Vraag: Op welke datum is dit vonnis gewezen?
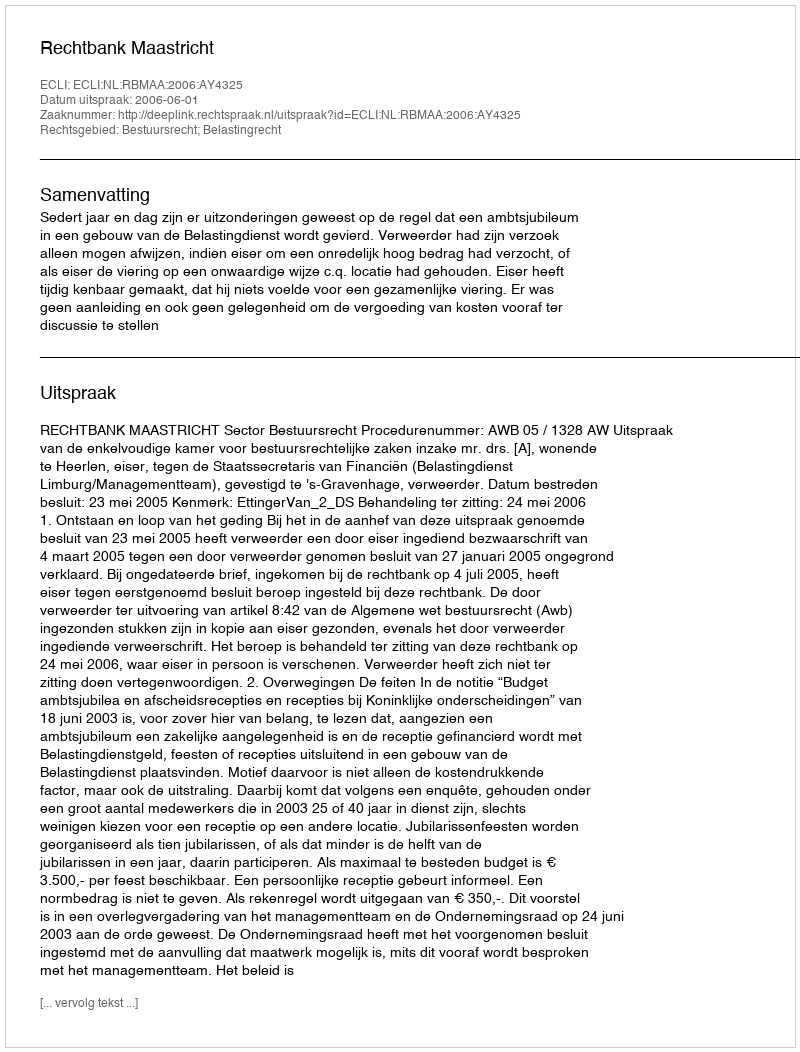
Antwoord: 2006-06-01